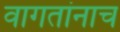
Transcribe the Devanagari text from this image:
वागतांनाच